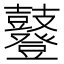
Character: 鼟